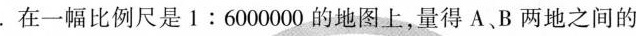
3.在一幅比例尺是1:6000000的地图上，量得A、B两地之间的